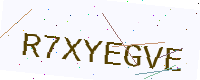
Text: R7XYEGVE